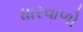
ધારવાળો